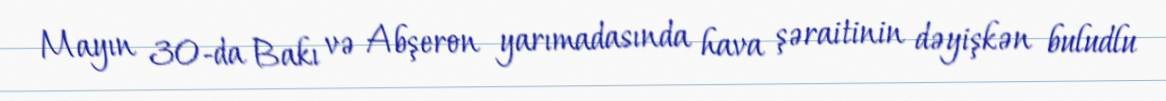
Mayın 30-da Bakı və Abşeron yarımadasında hava şəraitinin dəyişkən buludlu